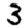
Digit: 3